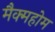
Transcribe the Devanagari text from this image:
मैक्महोम